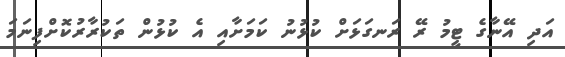
އަދި އޭނާގެ ޓީމު ރޭ ރަނގަޅަށް ކުޅުނު ކަމަށާއި އެ ކުޅުން ތަކުރާރުކޮށްފިނަމަ